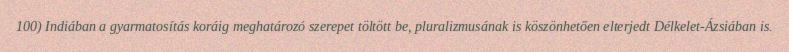
100) Indiában a gyarmatosítás koráig meghatározó szerepet töltött be, pluralizmusának is köszönhetően elterjedt Délkelet-Ázsiában is.